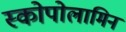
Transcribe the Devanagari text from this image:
स्कोपोलामिन